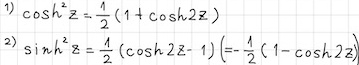
1) $\cosh^{2}z=\frac{1}{2}(1 + \cosh2z)$
2) $\sinh^{2}z=\frac{1}{2}(\cosh2z - 1)=(-\frac{1}{2}(1 - \cosh2z))$